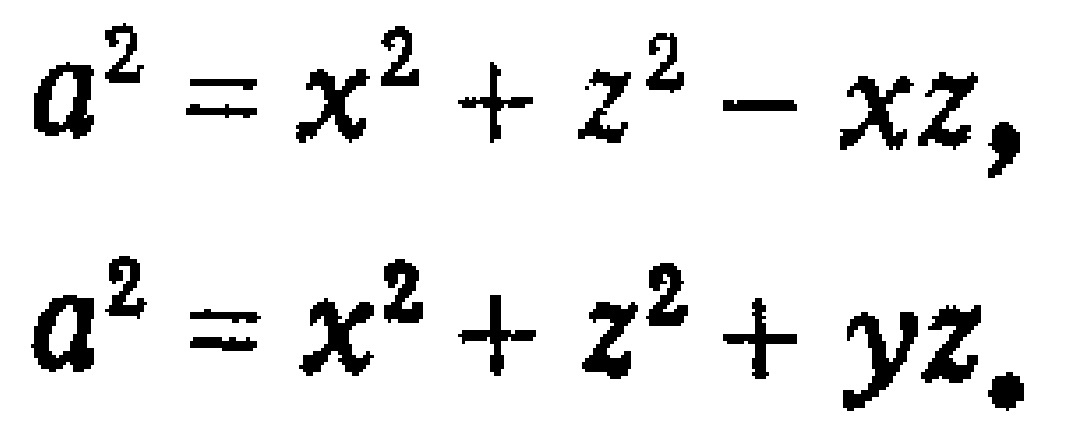
\[
\begin{align*}
a^{2}&=x^{2}+z^{2}-xz,\\
a^{2}&=x^{2}+z^{2}+yz.
\end{align*}
\]